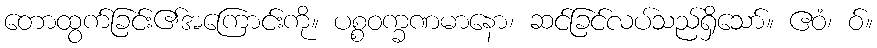
တောထွက်ခြင်း၏အကြောင်းကို။ ပစ္စဝက္ခဏမာနော၊ ဆင်ခြင်လပ်သည်ရှိသော်။ ဧဝံ၊ ဝ်။